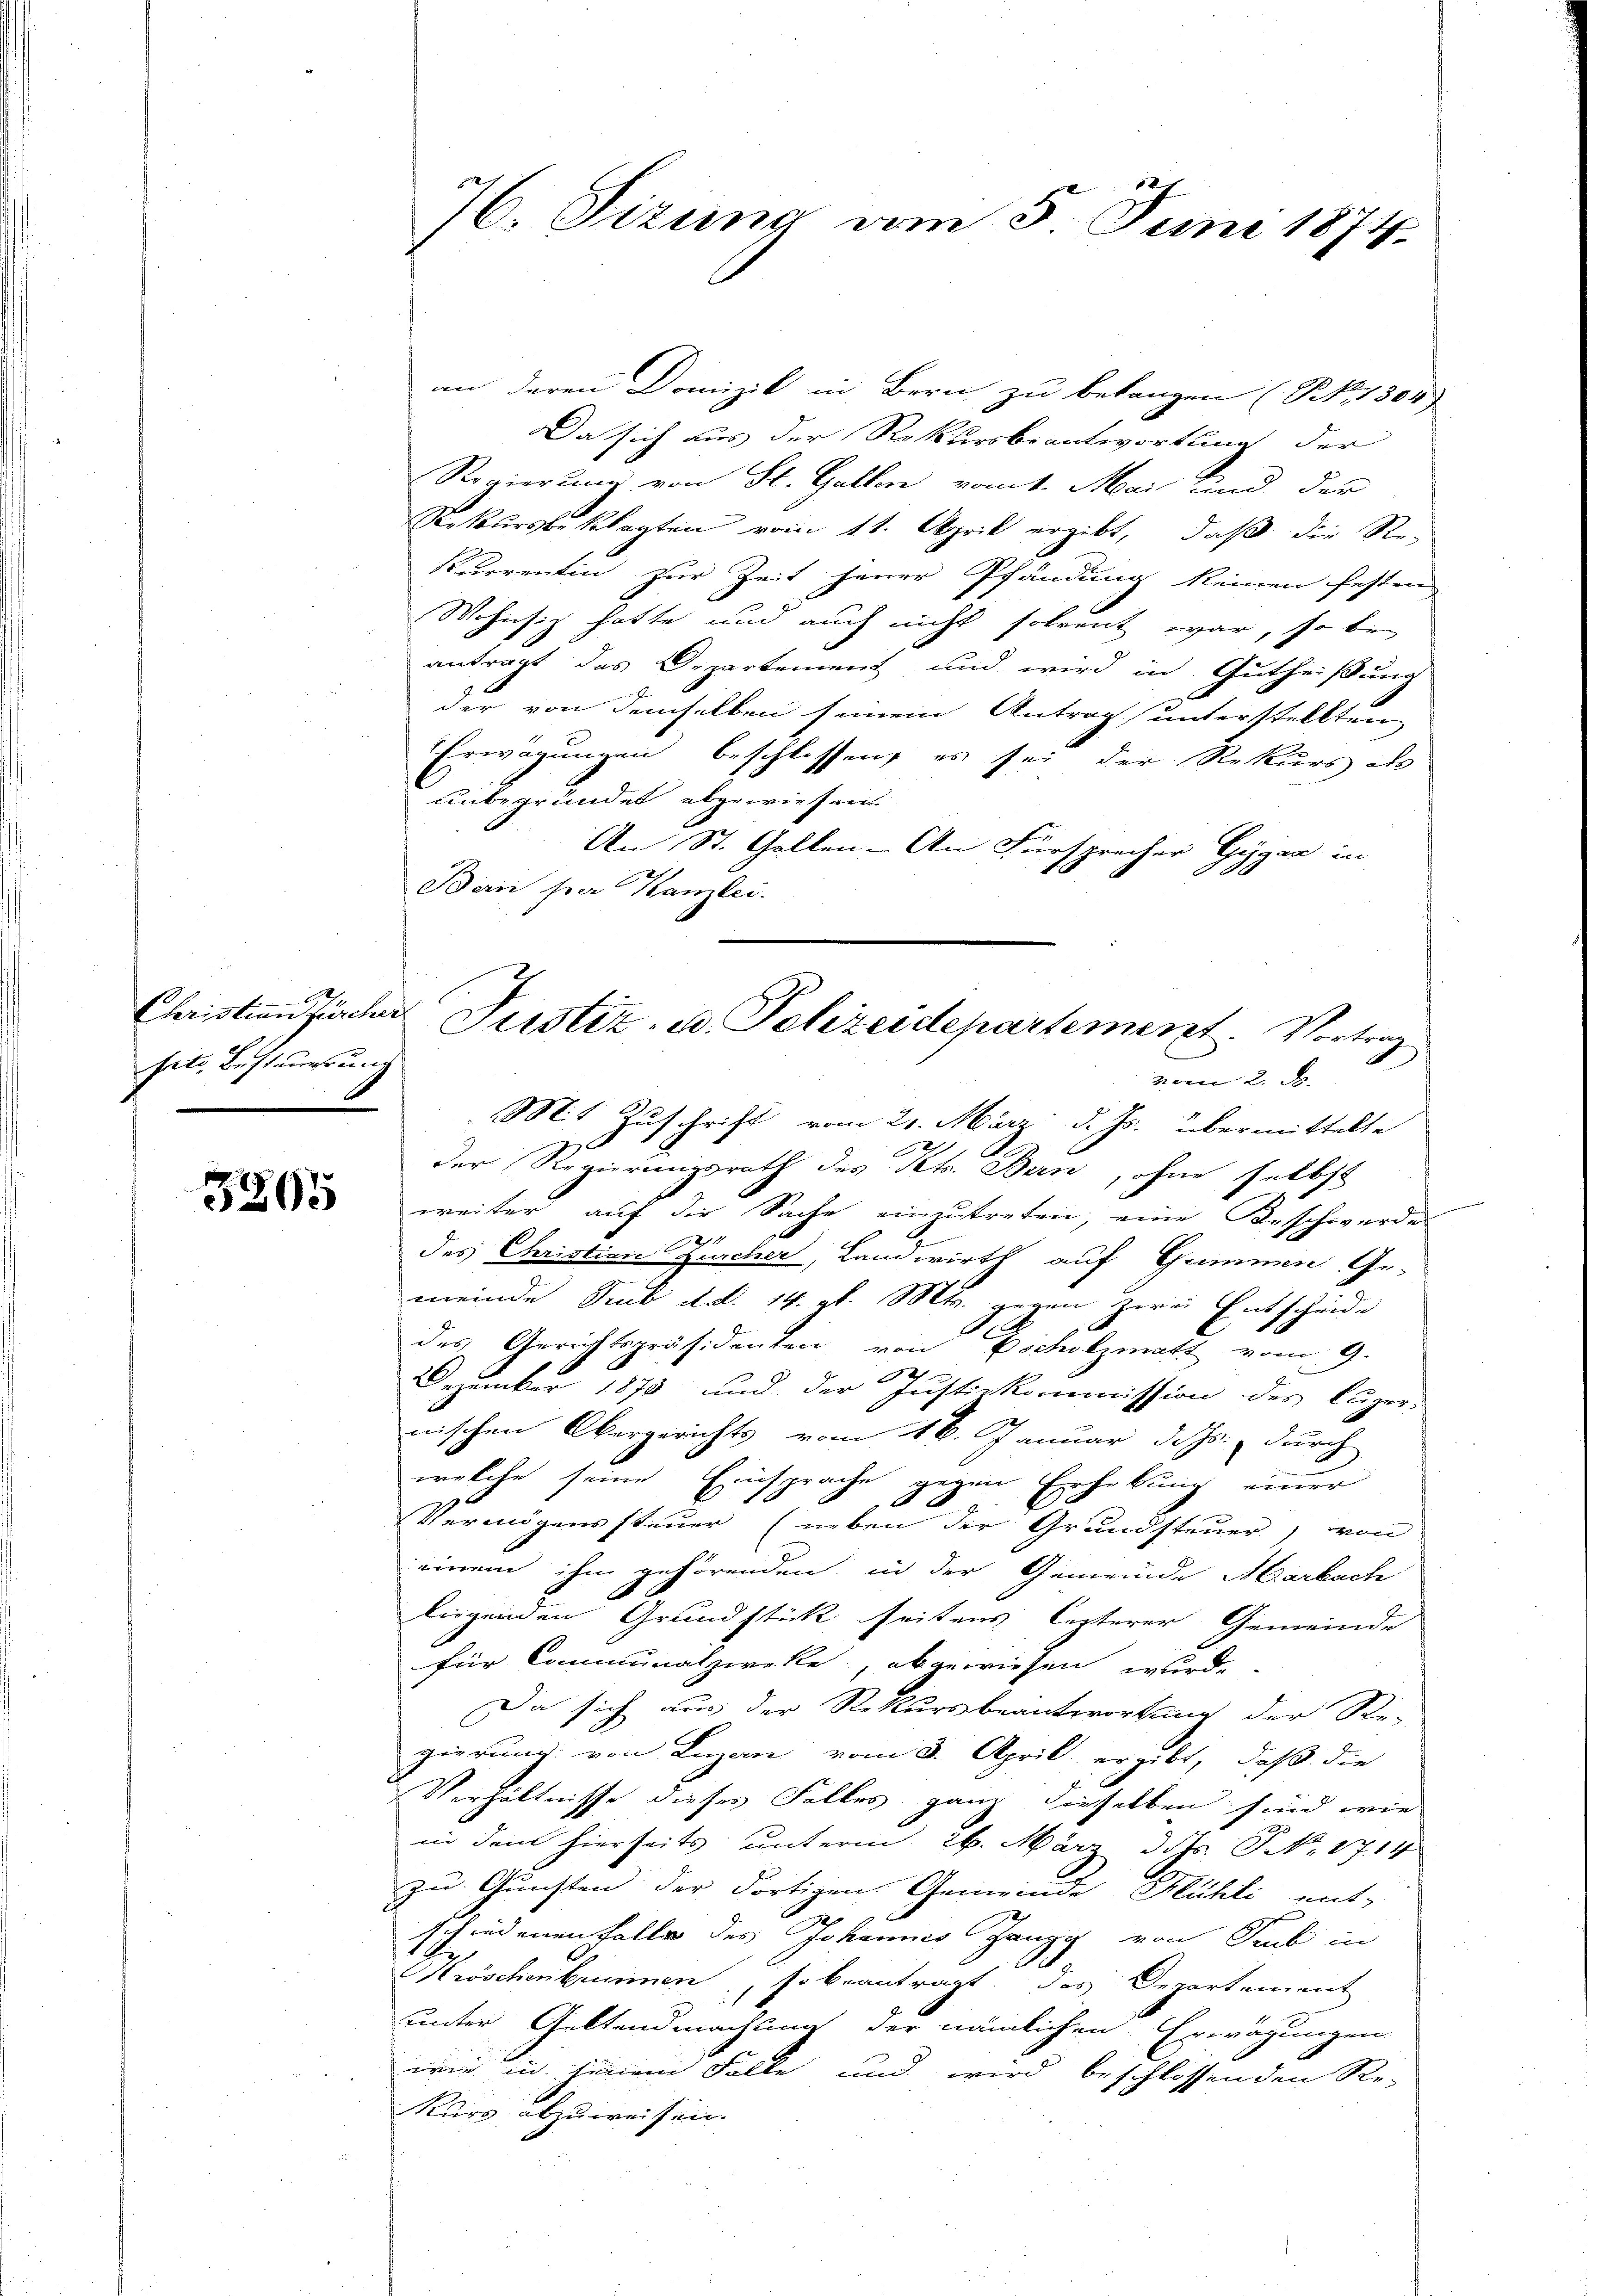
Christian Fürcher
site Besteuerung.

3805

an deren Domizil in Bern zu belangen (NNo. 1304
Da sich aus der Rekursbeantwortung der
Regierung von St. Gallen vom 1. Mai und der
Rekursbeklagten vom 11. April ergibt, daß die Re-
kurrentin zur Zeit jener Pfändung keinen festen
Wohnsitz hatte und auch nicht solvent war, so bi
antragt das Departement und wird in Gutheißung
der von demselben seinem Antrag unterstellten,
Erwägungen beschlossen, es sei der Rekurs des
unbegründet abgewiesen.
An St. Gallen - An Fürsprecher Gyger in
Ban par Kanzlei.
vom 2. d.
Mit Zuschrift vom 21. März d. Js. übermittelte
d
der Regierungsrath des St. Bern, ohne selbst
weiter auf die Sache einzutreten, eine Beschwerdes
2
des Christian Zürcher, Landwirth auf Gaunen Ge-
meinde Sub d.d. 14. d. Mts. gegen zwei Entscheide
des Gerichtspräsidenten von scholzmatt vom 9.
Dezember 1873 und der Justizkommission des Luzer-
nischen Obergerichts vom 16. Januar d. Js. durch
welche seine Einsprache gegen Erhebung einer
Vermögenssteuer (neben der Grundsteuer, von
einem ihm gehörenden, in der Gemeinde Marbach
liegenden Grundstück seitens leiterer Gemeinde
für Communalzwecke, abgewiesen wurde.
Da sich aus der Rekursbeantwortung der Re-
gierung von Luzan vom 3. April ergibt, daß die
Verhältnisse dieses Falles ganz dieselben sind wie
in dem hierseits unterm 26. März d. Js. NNo. 1714
zu Gunsten der dortigen Gemeinde Mühli ent-
schiedenen Falle des Johannes Ganz von Sieb in
Kwschenbrunnen, so beantragt, das Departement
unter Geltendmachung der nämlichen Erwägungen
wie in jenem Falle und wird beschlossenden Re-
Kurs abzuweisen.

76. Sizung vom 5. Juni 1874.

Justiz- u. Polizeidepartement. Vortrag